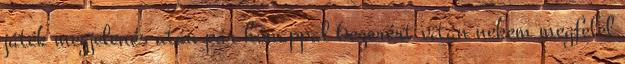
játék megjelenés után pár hónappal 6ezerért vitán nekem megfelel